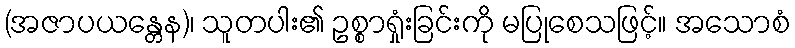
(အဇာပယန္တေန)၊ သူတပါး၏ ဥစ္စာရှုံးခြင်းကို မပြုစေသဖြင့်။ အသောစံ